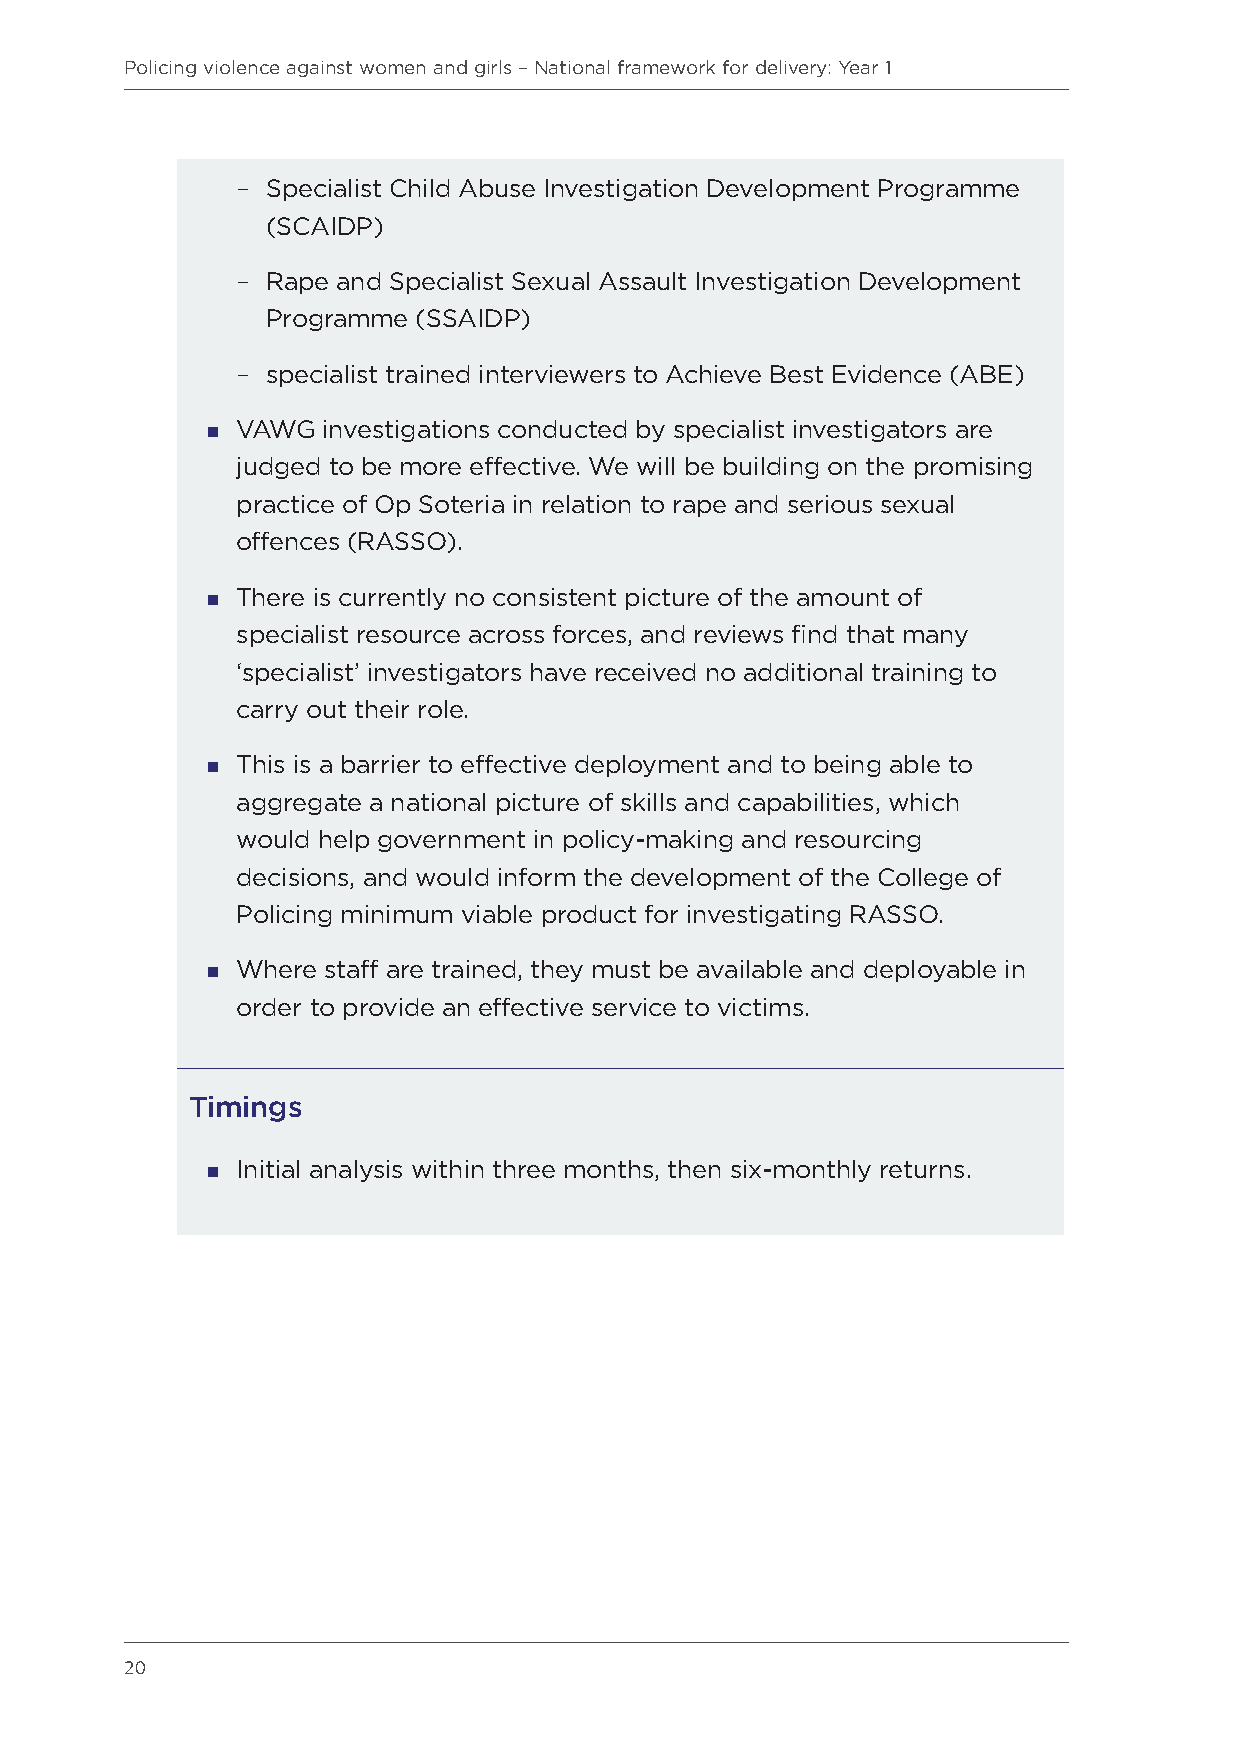
Policing violence against women and girls – National framework for delivery: Year 1
 – Specialist Child Abuse Investigation Development Programme
 (SCAIDP)
 – Rape and Specialist Sexual Assault Investigation Development
 Programme (SSAIDP)
 – specialist trained interviewers to Achieve Best Evidence (ABE)
  VAWG investigations conducted by specialist investigators are
 judged to be more effective. We will be building on the promising
 practice of Op Soteria in relation to rape and serious sexual
 offences (RASSO).
  There is currently no consistent picture of the amount of
 specialist resource across forces, and reviews find that many
 ‘specialist’ investigators have received no additional training to
 carry out their role.
  This is a barrier to effective deployment and to being able to
 aggregate a national picture of skills and capabilities, which
 would help government in policy-making and resourcing
 decisions, and would inform the development of the College of
 Policing minimum viable product for investigating RASSO.
  Where staff are trained, they must be available and deployable in
 order to provide an effective service to victims.
 Timings
  Initial analysis within three months, then six-monthly returns.
 20